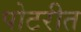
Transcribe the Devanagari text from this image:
पोटरीत